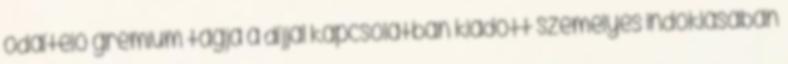
odaítélő grémium tagja a díjjal kapcsolatban kiadott személyes indoklásában